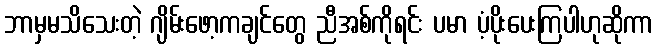
ဘာမှမသိသေးတဲ့ ဂျိမ်းဖော့ကချင်တွေ ညီအစ်ကိုရင်း ပမာ ပံ့ပိုးပေးကြပါဟုဆိုကာ